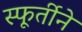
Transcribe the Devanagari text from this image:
स्फूर्तीने